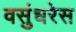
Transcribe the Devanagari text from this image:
वसुंधरेस